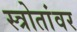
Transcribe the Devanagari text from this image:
स्त्रोतांवर